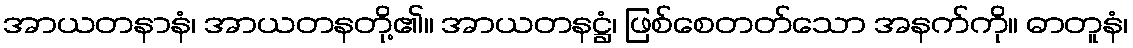
အာယတနာနံ၊ အာယတနတို့၏။ အာယတနဋ္ဌံ၊ ဖြစ်စေတတ်သော အနက်ကို။ ဓာတူနံ၊